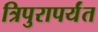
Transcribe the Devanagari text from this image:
त्रिपुरापर्यंत